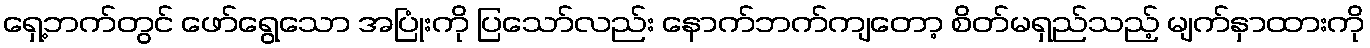
ရှေ့ဘက်တွင် ဖော်ရွေသော အပြုံးကို ပြသော်လည်း နောက်ဘက်ကျတော့ စိတ်မရှည်သည့် မျက်နှာထားကို